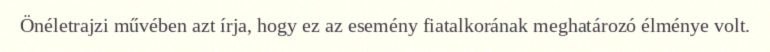
Önéletrajzi művében azt írja, hogy ez az esemény fiatalkorának meghatározó élménye volt.